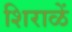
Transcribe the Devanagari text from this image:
शिराळें